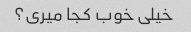
خیلی خوب کجا میری؟